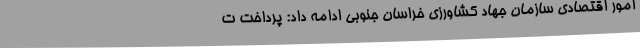
امور اقتصادی سازمان جهاد کشاورزی خراسان جنوبی ادامه داد: پرداخت ت